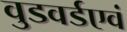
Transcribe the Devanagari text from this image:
वुडवर्डएवं